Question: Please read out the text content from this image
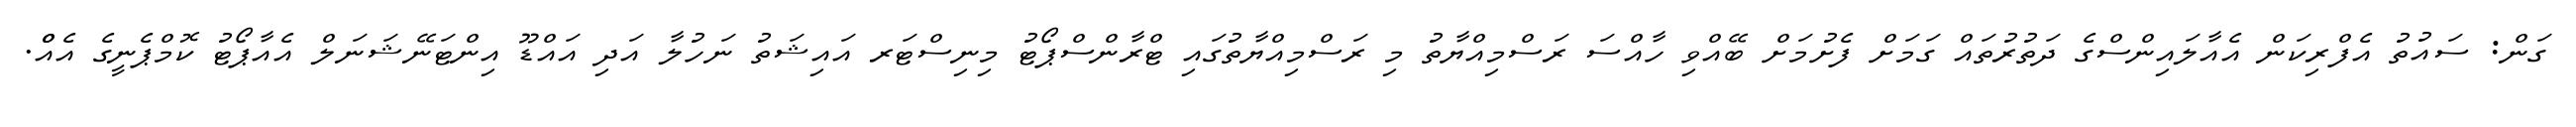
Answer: ގަން: ސައުތު އެފްރިކަން އެއާލައިންސްގެ ދަތުރުތައް ގަމަށް ފެށުމަށް ބޭއްވި ހާއްސަ ރަސްމިއްޔާތު މި ރަސްމިއްޔާތުގައި ޓްރާންސްޕޯޓު މިނިސްޓަރ އައިޝަތު ނަހުލާ އަދި އައްޑޫ އިންޓަނޭޝަނަލް އެއާޕޯޓު ކޮމްޕެނީގެ އެއްް.